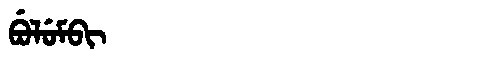
Manchu: ᠪᡠᠯᡠᠮᠪᡳ
Romanization: BULUMBI